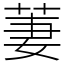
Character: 萋